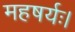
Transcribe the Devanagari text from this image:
महषर्यः।